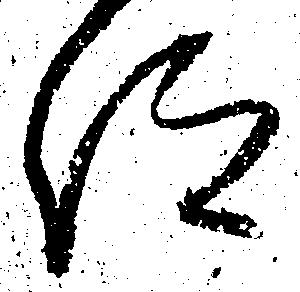
仰